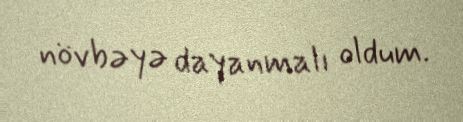
növbəyə dayanmalı oldum.